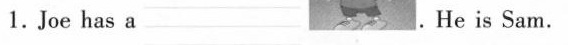
1.Joe has a ___.He is Sam.